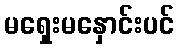
မရှေးမနှောင်းပင်